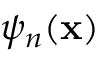
\psi _ { n } ( \mathbf { x } )